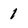
Character: 1